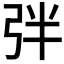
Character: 𢏑